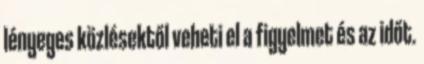
lényeges közlésektől veheti el a figyelmet és az időt.